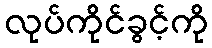
လုပ်ကိုင်ခွင့်ကို